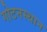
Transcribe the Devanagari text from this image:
गोटनस्थान